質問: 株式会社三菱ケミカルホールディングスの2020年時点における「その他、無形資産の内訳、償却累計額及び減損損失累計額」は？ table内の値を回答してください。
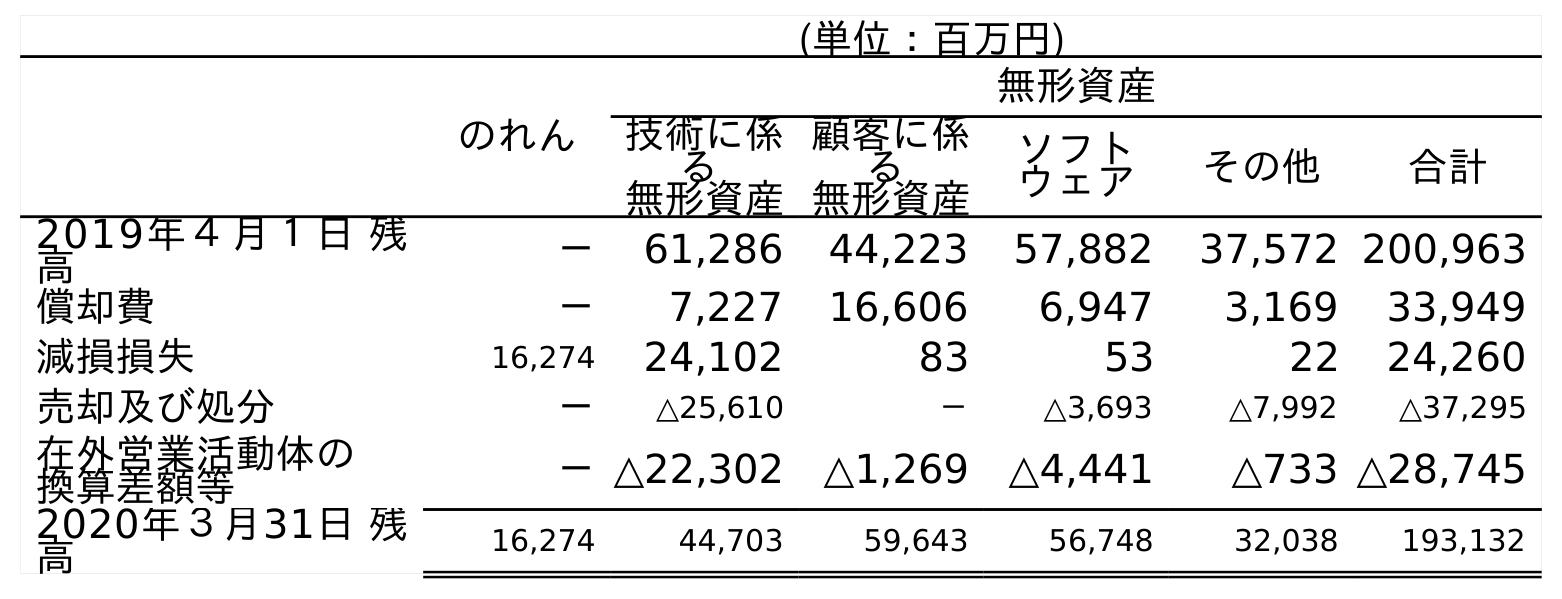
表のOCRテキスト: (単位：百万円) のれん 無形資産 技術に係 る 無形資産 顧客に係 る 無形資産 ソフト ウェア その他 合計 2019年４月１日 残 高 － 61,286 44,223 57,882 37,572 200,963 償却費 － 7,227 16,606 6,947 3,169 33,949 減損損失 16,274 24,102 83 53 22 24,260 売却及び処分 － △25,610 － △3,693 △7,992 △37,295 在外営業活動体の 換算差額等 －△22,302 △1,269 △4,441 △733 △28,745 2020年３月31日 残 高 16,274 44,703 59,643 56,748 32,038 193,132
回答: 32,038